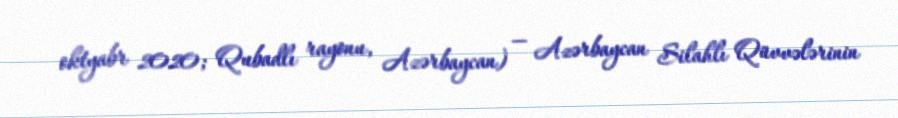
oktyabr 2020; Qubadlı rayonu, Azərbaycan) — Azərbaycan Silahlı Qüvvələrinin